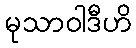
မုသာဝါဒီဟိ